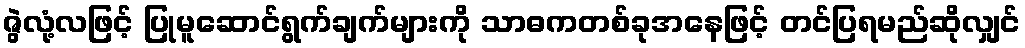
ဇွဲလုံ့လဖြင့် ပြုမူဆောင်ရွက်ချက်များကို သာဓကတစ်ခုအနေဖြင့် တင်ပြရမည်ဆိုလျှင်